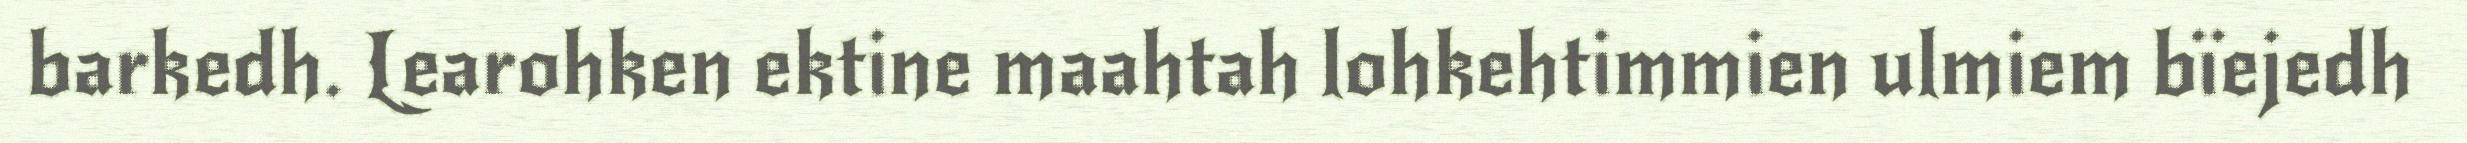
barkedh. Learohken ektine maahtah lohkehtimmien ulmiem bïejedh